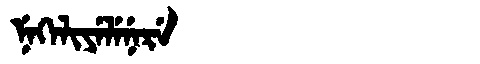
Manchu: ᠨᡝᡴᡝᠯᡳᠶᡝᠯᡝᠨᡝᡵᡝ
Romanization: NEKELIYELENERE